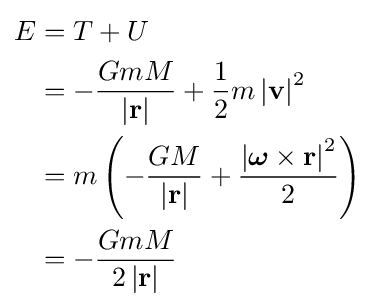
{\begin{aligned}E&=T+U\\&=-{\frac {GmM}{\left|\mathbf {r} \right|}}+{\frac {1}{2}}m\left|\mathbf {v} \right|^{2}\\&=m\left(-{\frac {GM}{\left|\mathbf {r} \right|}}+{\frac {\left|{\boldsymbol {\omega }}\times \mathbf {r} \right|^{2}}{2}}\right)\\&=-{\frac {GmM}{2\left|\mathbf {r} \right|}}\end{aligned}}\,\!